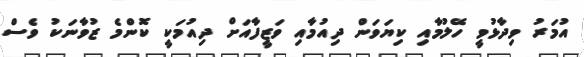
އުމަރު ވިދާޅުވީ ހޭލުމާއި ކިޔަވަން ދިއުމާއި ވަޒީފާއަށް ދިއުމަކީ ކޮންމެ ޒުވާނަކު ވެސް